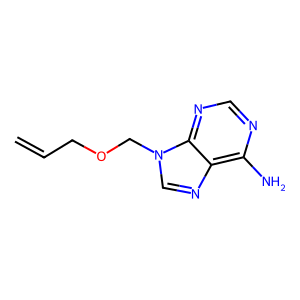
SMILES: C=CCOCn1cnc2c(N)ncnc21
Inhibits HIV replication: No